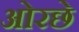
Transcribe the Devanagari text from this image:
ओरछे